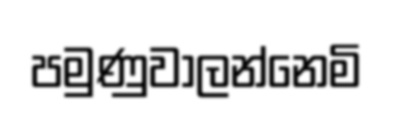
පමුණුවාලන්නෙමි